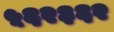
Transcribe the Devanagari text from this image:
५६२३६२